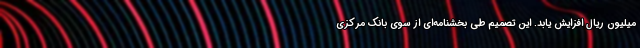
میلیون ریال افزایش یابد. این تصمیم طی بخشنامه‌ای از سوی بانک مرکزی